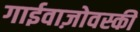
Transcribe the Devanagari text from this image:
गाईवाज़ोवस्की